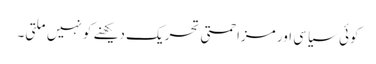
کوئی سیاسی اور مزاحمتی تحریک دیکھنے کو نہیں ملتی۔